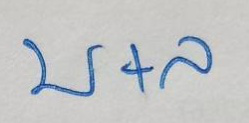
บ + ล